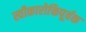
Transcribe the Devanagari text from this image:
स्वीकारोक्तिपूर्वक